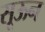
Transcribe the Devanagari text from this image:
सूऊन